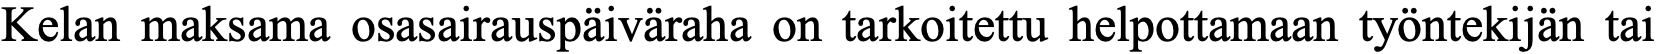
Kelan maksama osasairauspäiväraha on tarkoitettu helpottamaan työntekijän tai